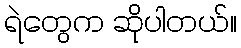
ရဲတွေက ဆိုပါတယ်။